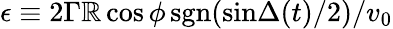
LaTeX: \epsilon\equiv2\Gamma\mathbb{R}\cos{\phi}\, \mathrm{{sgn}}(\mathrm{{sin}}{\Delta(t)/2})/v_{0}